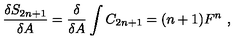
\frac { \delta S _ { 2 n + 1 } } { \delta A } = \frac { \delta } { \delta A } \int C _ { 2 n + 1 } = ( n + 1 ) F ^ { n } \ ,